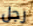
رجل